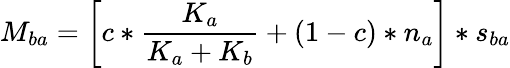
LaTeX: M_{ba}=\left[c*\frac{K_{a}}{K_{a}+K_{b}}+(1-c)*n_{a}\right]*s_{ba}